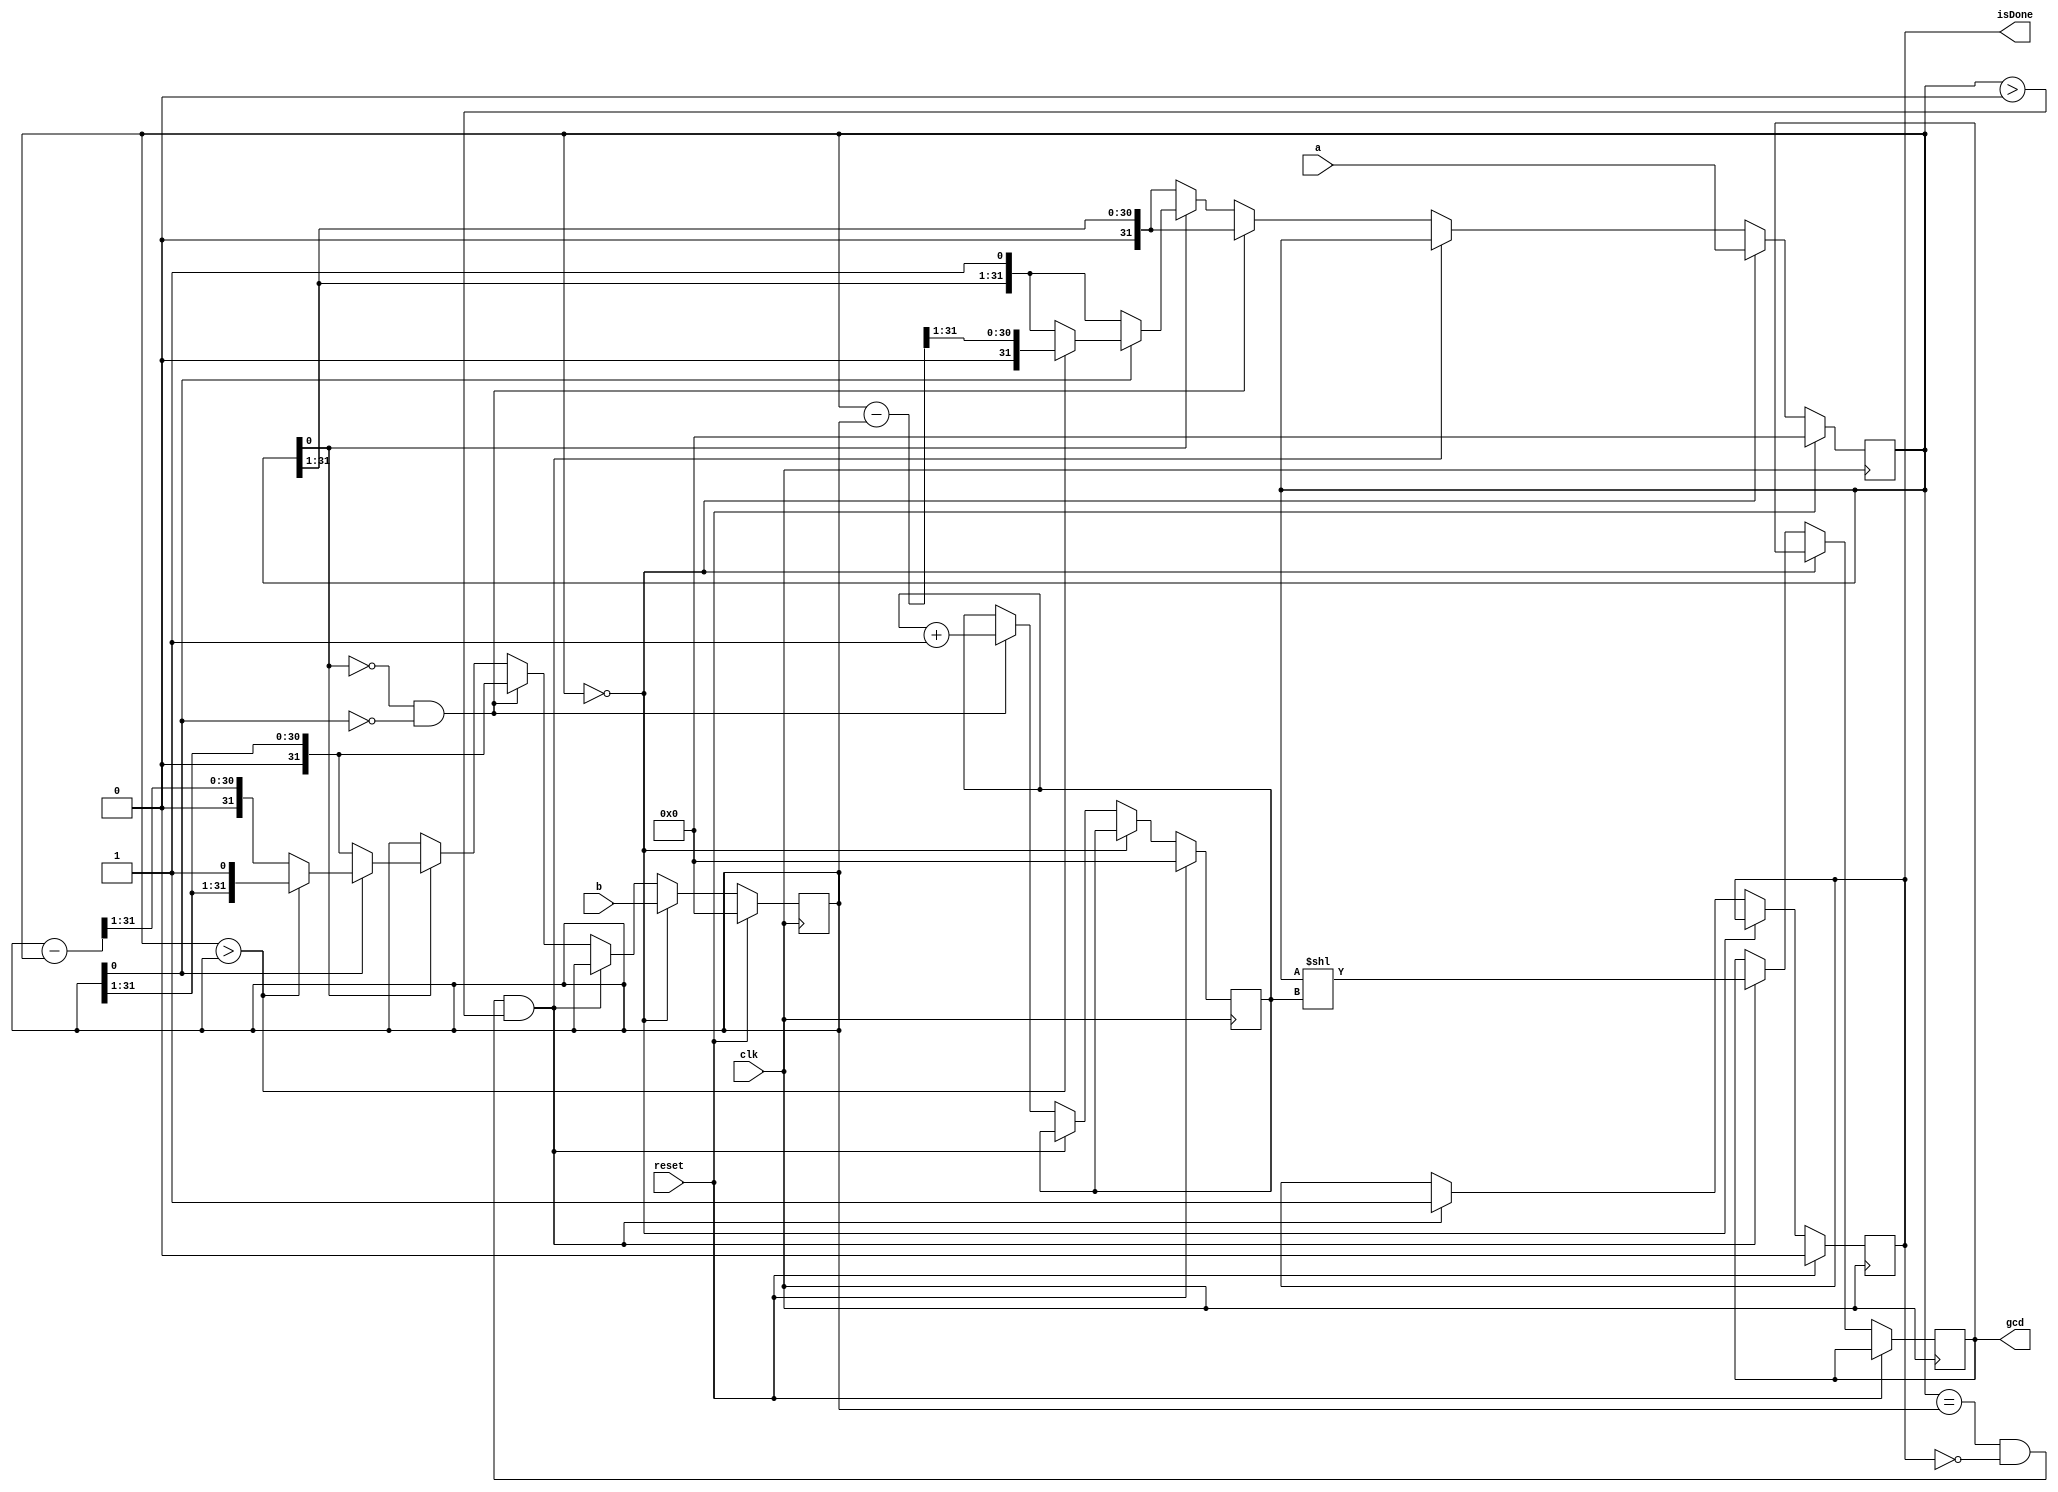
module GCD(input [31:0] a, input [31:0] b, input reset, input clk, output reg [31:0] gcd, output reg isDone
    );
	 
	reg [31:0] nextInputA;
	reg [31:0] nextInputB;
	reg [31:0] inputA;
	reg [31:0] inputB;
	reg [31:0] nextExponent;
	reg [31:0] exponent;
	reg [31:0] nextGcd;
	reg nextIsDone;

	initial begin
		nextInputA = 0;
		nextInputB = 0;
		inputA = 0;
		inputB = 0;
		nextExponent = 0;
		exponent = 0;
		nextIsDone = 0;
		isDone = 0;
		nextGcd = 0;
		gcd = 0;
	end
	
	always @(posedge clk) begin
		inputA <= nextInputA;
		inputB <= nextInputB;
		exponent <= nextExponent;
		isDone <= nextIsDone;
		gcd <= nextGcd;
	end
	
	always @(*) begin
		nextInputA = inputA;
		nextInputB = inputB;
		nextIsDone = isDone;
		nextExponent = exponent;
		nextGcd = gcd;
		
		if (reset == 1) begin
			nextInputA = 0;
			nextInputB = 0;
			nextExponent = 0;
			nextIsDone = 0;
		end
		
		else begin
			if (inputA == 0) begin
				nextInputA = a;
				nextInputB = b;
			end
			
			else begin
			
				if ((inputA == inputB) & isDone == 0 & inputA > 0) begin
					nextGcd = inputA << exponent;
					nextIsDone = 1;
				end
				
				else begin
					if ((inputA[0] == 0) & (inputB [0] == 0)) begin
						nextExponent = exponent + 1;
						nextInputA = inputA >> 1;
						nextInputB = inputB >> 1;
					end
					
					else begin
						nextExponent = exponent;
						
						if (inputA[0] == 0) begin
							nextInputA = inputA >> 1;
						end
						
						else begin
							if (inputB[0] ==  0) begin
								nextInputB = inputB >> 1;
							end
							
							else begin
								if (inputA > inputB) begin
									nextInputA = (inputA - inputB) >> 1;
								end
								
								else begin
									nextInputB = (inputB - inputA) >> 1;
								end
								
							end
							
						end
						
					end
		
				end
				
			end
			
		end
		
	end


endmodule